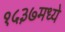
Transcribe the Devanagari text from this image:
१५३७मध्ये